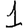
Digit: 1